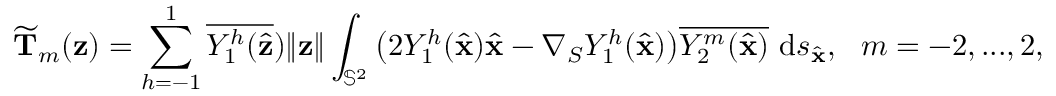
\widetilde { \mathbf T } _ { m } ( \mathbf z ) = \sum _ { h = - 1 } ^ { 1 } { \overline { { Y _ { 1 } ^ { h } ( \hat { \mathbf { z } } } } ) \| \mathbf { z } \| } \int _ { \mathbb { S } ^ { 2 } } \big ( 2 Y _ { 1 } ^ { h } ( \hat { \mathbf { x } } ) \hat { \mathbf { x } } - \nabla _ { S } Y _ { 1 } ^ { h } ( \hat { \mathbf { x } } ) \big ) \overline { { Y _ { 2 } ^ { m } ( \hat { \mathbf { x } } ) } } ~ \mathrm { d } s _ { \hat { \mathbf { x } } } , ~ ~ m = - 2 , . . . , 2 ,